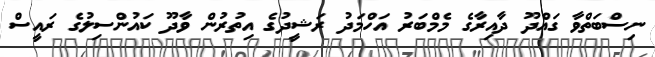
ނިސްބަތްވާ ގައްދޫ ދާއިރާގެ މެމްބަރު އަހްމަދު ރަޝީދުގެ އިތުރުން ވާދޫ ކައުންސިލުގެ ރައީސް